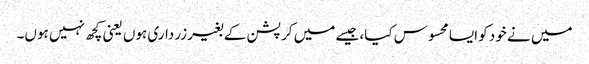
میں نے خود کو ایسا محسوس کیا، جیسے میں کرپشن کے بغیر زرداری ہوں یعنی کچھ نہیں ہوں۔